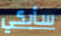
سأبكي